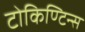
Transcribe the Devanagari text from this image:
टोकिण्टिन्स